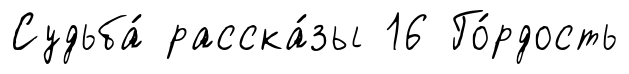
Судьба́ расска́зы 16 Го́рдость